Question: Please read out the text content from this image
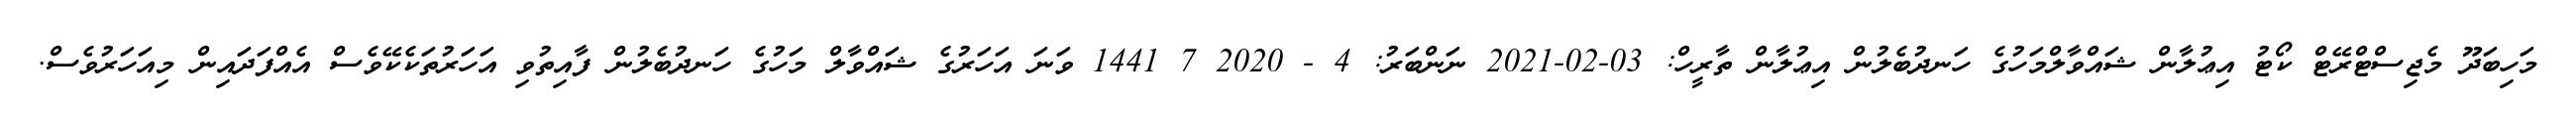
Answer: މަހިބަދޫ މެޖިސްޓްރޭޓް ކޯޓު އިޢުލާން ޝައްވާލްމަހުގެ ހަނދުބެލުން އިޢުލާން ތާރީހް: 03-02-2021 ނަންބަރު: 4 - 2020 7 1441 ވަނަ އަހަރުގެ ޝައްވާލް މަހުގެ ހަނދުބެލުން ފާއިތުވި އަހަރުތަކެކޭވެސް އެއްފަދައިން މިއަހަރުވެސް.